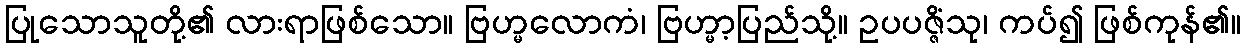
ပြုသောသူတို့၏ လားရာဖြစ်သော။ ဗြဟ္မလောကံ၊ ဗြဟ္မာ့ပြည်သို့။ ဥပပဇ္ဇိံသု၊ ကပ်၍ ဖြစ်ကုန်၏။